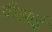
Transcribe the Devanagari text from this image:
वीआई